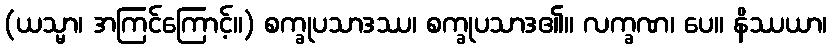
(ယသ္မာ၊ အကြင်ကြောင့်။) စက္ခုပသာဒဿ၊ စက္ခုပသာဒ၏။ လက္ခဏ၊ ပေ။ နိဿယာ၊